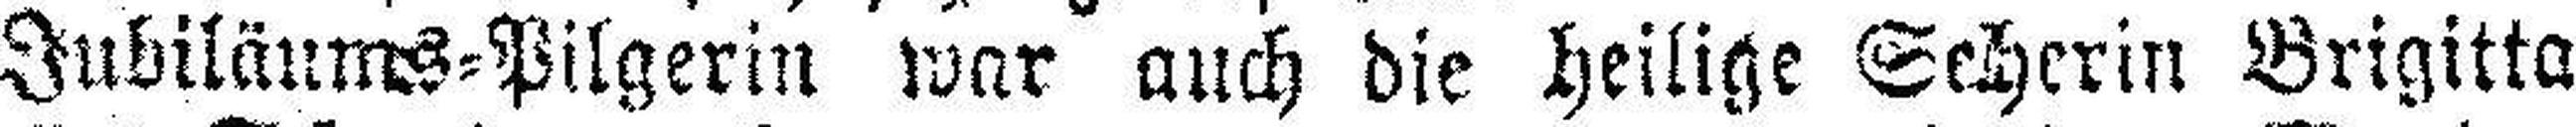
Jubilänms-Pilgerin war auch die heilige Seherin Brigitta